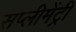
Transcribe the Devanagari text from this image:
सप्लीमेंट्री